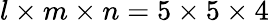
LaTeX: l\times m\times n=5\times 5\times 4